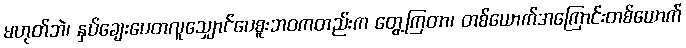
မဟုတ်ဘဲ၊ နှပ်ချေးပေတလူသျှောင်ပေစူးဘဝကတည်းက တွေ့ကြတာ၊ တစ်ယောက်အကြောင်းတစ်ယောက်